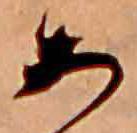
あ